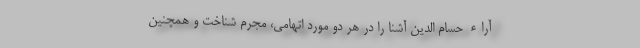
آراء حسام الدین آشنا را در هر دو مورد اتهامی، مجرم شناخت و همچنین